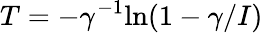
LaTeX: T=-\gamma^{-1}\textrm{ln}(1-{\gamma}/{I})